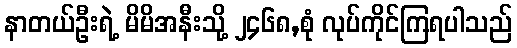
နာတယ်ဦးရဲ့ မိမိအနီးသို့ ၂၄၆၈,စုံ လုပ်ကိုင်ကြရပါသည်